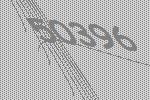
50396